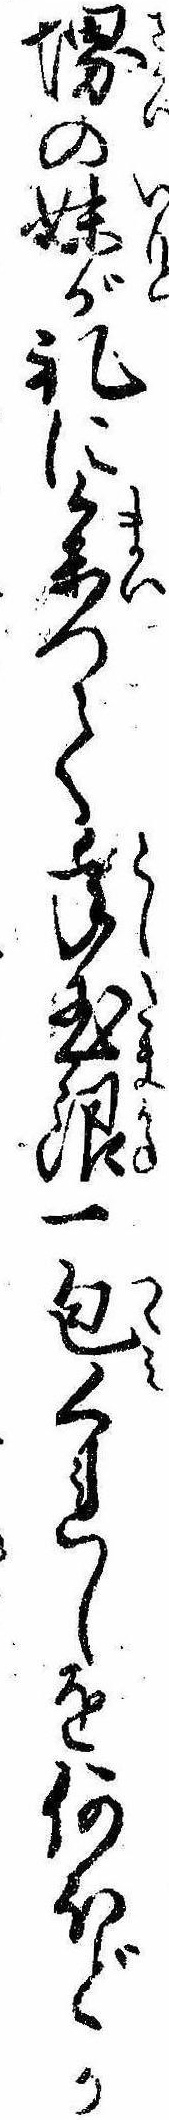
堺の妹が礼に参つて年玉銀一包くれしを何ほどか